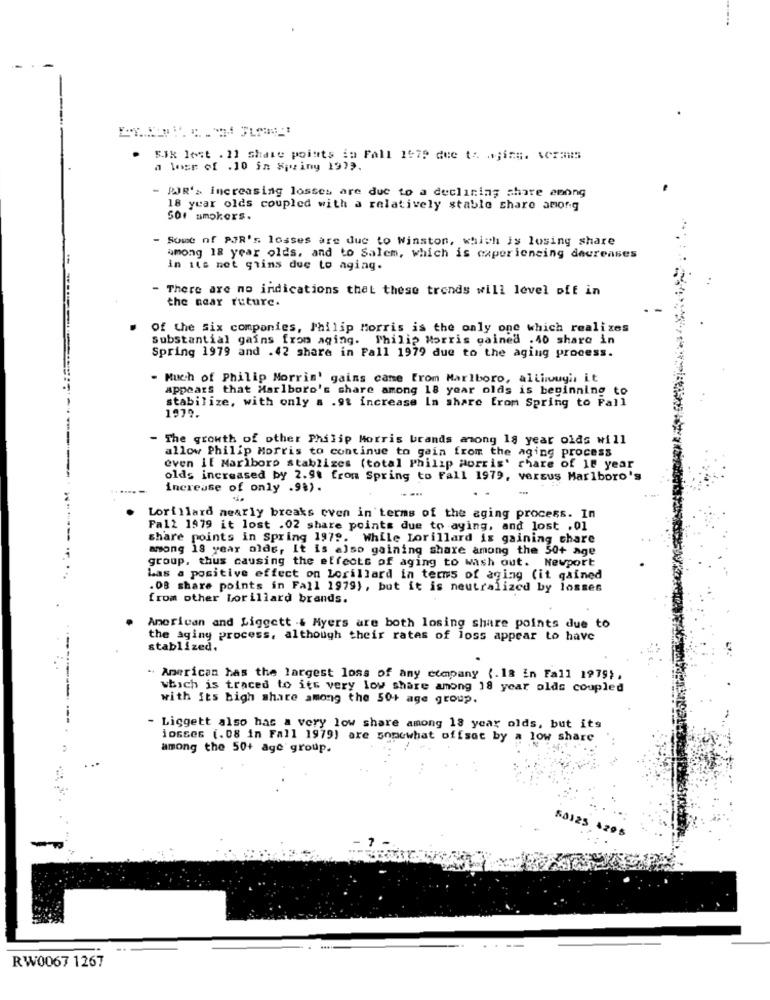
Sik lost . 11 Shate points in Fall 1979 due to ajine. ACTORS
a lose of .10 in Spziny 1979.
- PR'> increasing losses are due to a declining share among
18 year olds coupled with a relatively stable share amorg
501 smokers.
- Some of PJR's losses are due to Winston, which is losing share
among 18 year olds, and to Salem, which is experiencing decreases
in its net grins due to aging.
- There are no indications that these trends will level off in
the near future.
Of the six companies, Philip Morris is the only one which realizes
Substantial gains from aging. Philip Morris gained .40 share in
Spring 1979 and .42 share in Fall 1979 due to the aging process.
- Much of Philip Morris' gains came From Marlboro, alliwuyi, it
appears that Marlboro's share among 18 year olds is beginning to
stabilize, with only a .9: increase In share from Spring to Pall
1979.
- The growth of other Philip Morris brands among 18 year olds will
allow Philip Morris to continue to gain from the aging process
even If Marlboro stablizes (total Philip Morris' chare of 18 year
olds increased by 2.9t from Spring to Fall 1979, versus Marlboro's
increase of only .9%).
Lorillard nearly breaks even in terms of the aging process. In
Fa12 1979 it lost .02 share points due to aying, and lost .01
------
share points in Spring 1979. While Lorillard is gaining chare
among 18 year olds, It is also gaining share among the 50+ age
group, thus causing the effects of aging to wash out. Newport
Las a positive effect on Lorillard in terms of aging (it gained
.OB share points in Fall 1979), but it is neutralized by losses
from other borillard brands.
American and Liggett .& Myers are both losing share points due to
the aging process, although their rates of loss appear to have
stablized.
- American has the largest loss of any company (.18 in Fall 1979 ;.
which is traced to its very low share among 18 year olds coupled
with its bigh share among the 50+ age group.
- Liggett also has a very low share among 18 year olds, but its
losses (.08 in Fall 1979) are somewhat offset by a low share
among the 50+ age group.
50123 4205
RW0067 1267